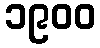
၁၉၀၀